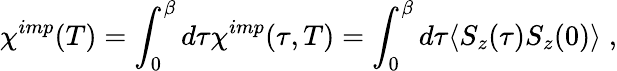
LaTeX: \chi^{imp}(T)=\int_{0}^{\beta}d\tau\chi^{imp}(\tau,T)=\int_{0}^{\beta}d\tau\langle S_{z}(\tau)S_{z}(0)\rangle\; ,